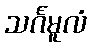
သင်္ဂမူလံ